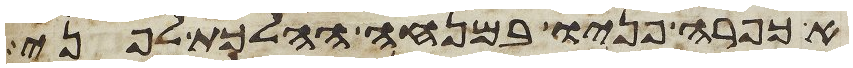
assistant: אכפרה פניו במנחה ההלכת לפני